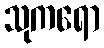
သုကရော